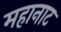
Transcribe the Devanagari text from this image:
महानाट